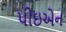
પીઇએન